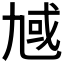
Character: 𪜗